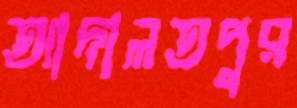
আদালতপুর